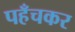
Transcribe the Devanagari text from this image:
पहँचकर